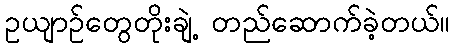
ဥယျာဉ်တွေတိုးချဲ့ တည်ဆောက်ခဲ့တယ်။